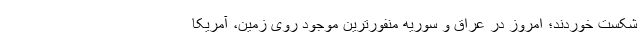
شکست خوردند؛ امروز در عراق و سوریه منفورترین موجود روی زمین، آمریکا